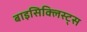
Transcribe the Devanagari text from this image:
बाइसिक्लिस्ट्स